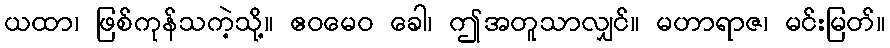
ယထာ၊ ဖြစ်ကုန်သကဲ့သို့။ ဧဝမေဝ ခေါ၊ ဤအတူသာလျှင်။ မဟာရာဇ၊ မင်းမြတ်။